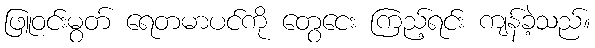
ဖြူဝင်းမွတ် ရေတမာပင်ကို တွေငေး ကြည့်ရင်း ကျန်ခဲ့သည်။